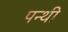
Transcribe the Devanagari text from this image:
पन्थी